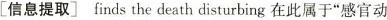
[信息提取] finds the death disturbing 在此属于“感官动